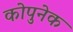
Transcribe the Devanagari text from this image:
कोपुनेक